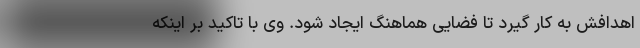
اهدافش به کار گیرد تا فضایی هماهنگ ایجاد شود. وی با تاکید بر اینکه